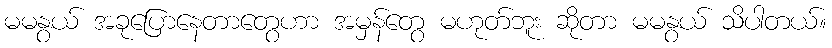
မမနွယ် အခုပြောနေတာတွေဟာ အမှန်တွေ မဟုတ်ဘူး ဆိုတာ မမနွယ် သိပါတယ်။